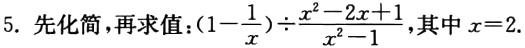
5. 先化简，再求值：$(1 - \frac{1}{x}) \div \frac{x^{2} - 2x + 1}{x^{2} - 1}$，其中$x = 2$.